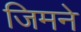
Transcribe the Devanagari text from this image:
जिमने